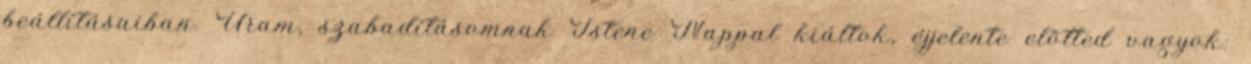
beállításaiban. Uram, szabadításomnak Istene Nappal kiáltok, éjjelente elõtted vagyok: